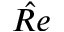
\hat { R e }